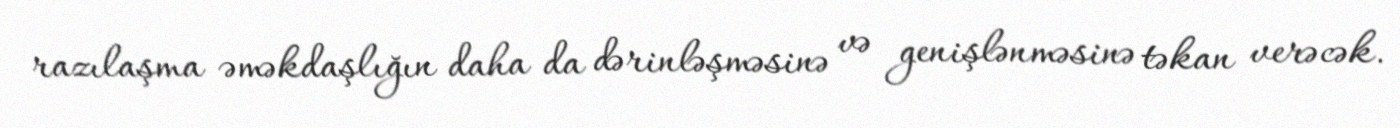
razılaşma əməkdaşlığın daha da dərinləşməsinə və genişlənməsinə təkan verəcək.